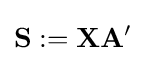
\mathbf {S} :=\mathbf {X} \mathbf {A} ^{\prime }